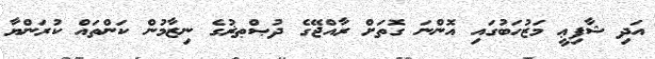
އަދި ޝާފިޢީ މަޒުހަބުގައި އޮންނަ ގޮތަށް ރާއްޖޭގެ ދުޞްޠޜުގެ ނިޒާމުން ކަންތައް ކުރަންޔާ